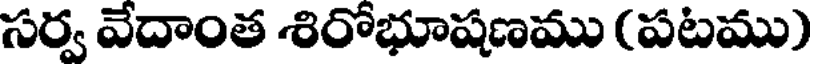
సర్వ వేదాంత శిరోభూషణము (పటము)